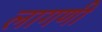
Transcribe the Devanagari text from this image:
लागणी